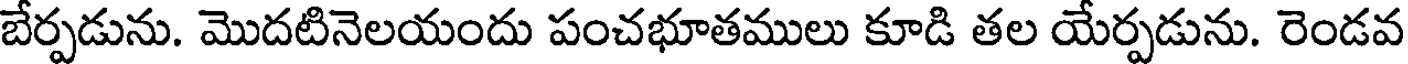
బేర్పడును. మొదటినెలయందు పంచభూతములు కూడి తల యేర్పడును. రెండవ